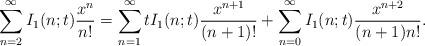
LaTeX: \begin{align*}\sum_{n=2}^{\infty} I_{1}(n;t) \frac{x^{n}}{n!} = \sum_{n=1}^{\infty} tI_{1}(n;t) \frac{x^{n+1}}{(n+1)!} + \sum_{n=0}^{\infty} I_{1}(n;t) \frac{x^{n+2}}{(n+1)n!}.\end{align*}